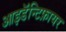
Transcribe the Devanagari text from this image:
आइडॅन्टिफ़ायर